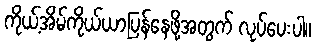
ကိုယ့်အိမ်ကိုယ်ယာပြန်နေဖို့အတွက် လုပ်ပေးပါ။